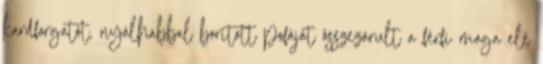
kardforgatót, nyálhabbal borított pofáját összezárult a férfi maga elé